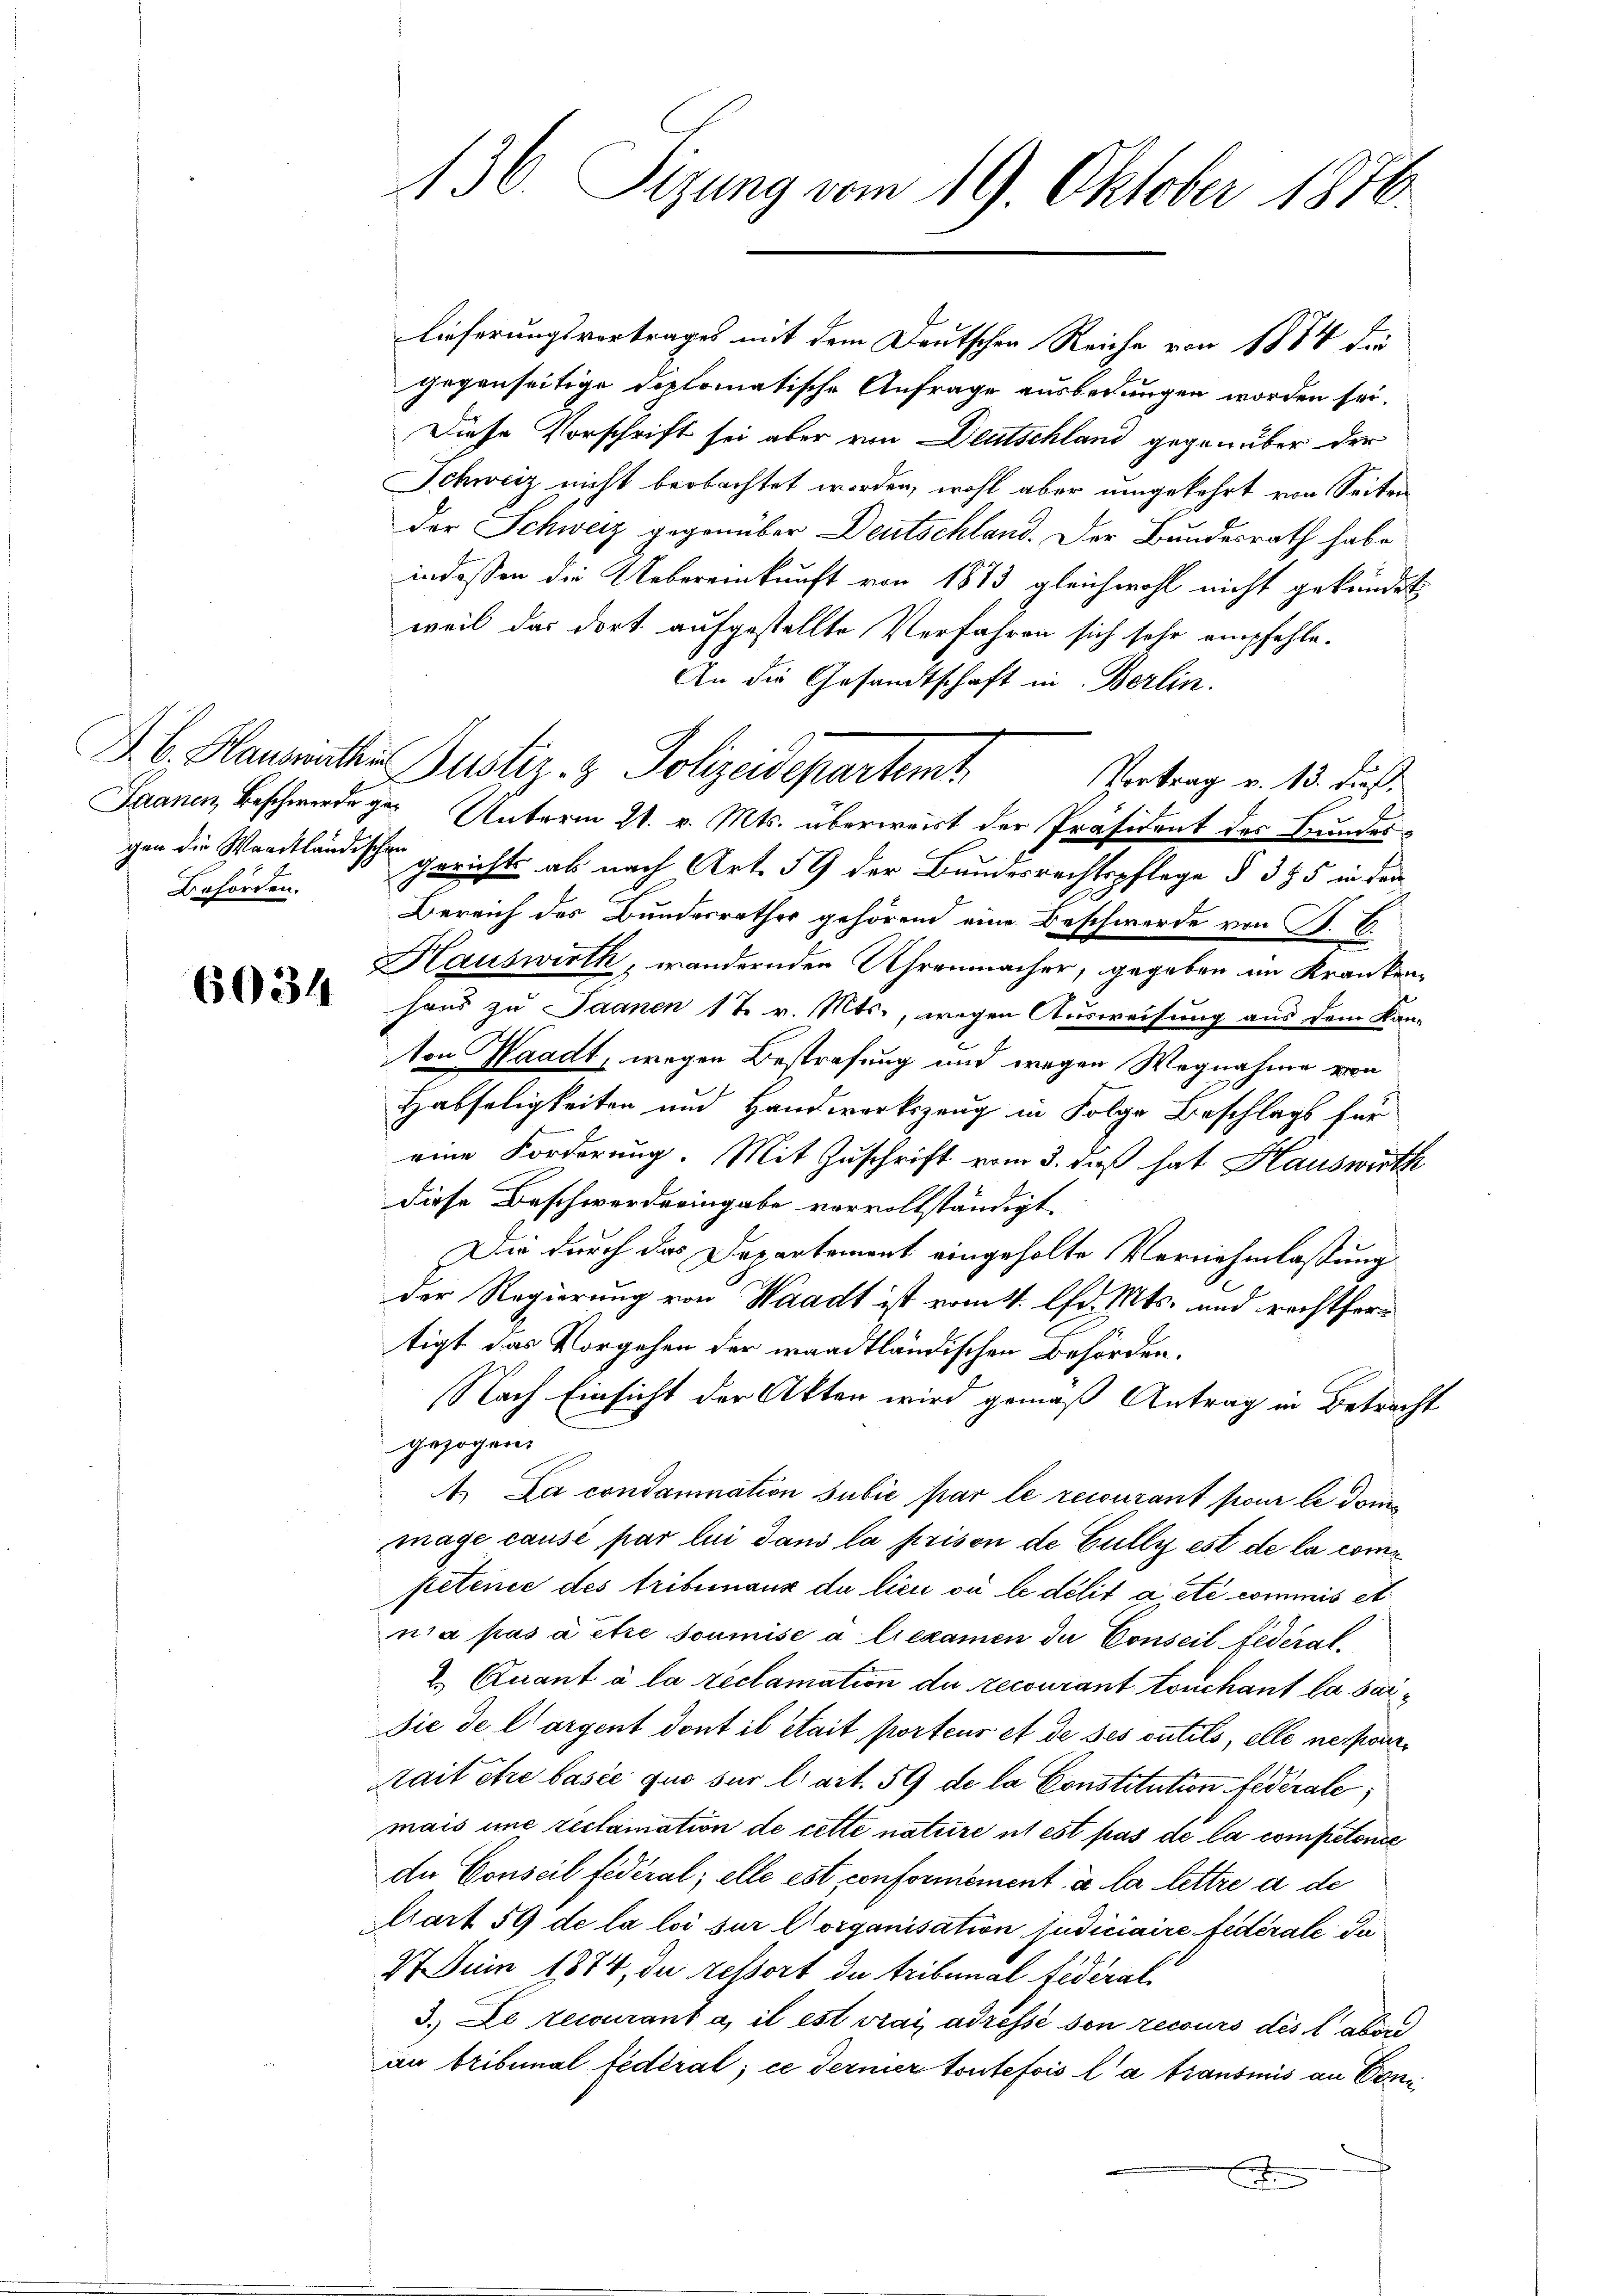
Behörden.

6034

lieferungsvortrages mit dem Deutschen Reiche von 1884 die
gegenseitige Diplomatische Anfrage ausbedungen worden sei.
Diese Vorschrift sei aber von Deutschland gegenüber der
Schweiz nicht beobachtet worden, wohl aber umgekehrt von Seiten
der Schweiz gegenüber Deutschland. Der Bundesrath habe
indossen die Uebereinkunft von 1873 gleichwohl nicht gekündet
weil das dort aufgestellte Verfahren sich sehr empfehle.
An die Gesandtschaft in Berlin.
Vortrag v. 13. dieß.
Saanen Beschwerde ger Unterm 21. v. Mts. überweist der Präsident des Bundes-
gen die Waadtländischen gerichts ab nach Art. 59 der Bundesrechtspflege § 355 in den
Bereich des Bundesrathes gehörend eine Beschwerde von P. C.
Hauswirth, wandernden Uhrenmacher, gegeben im Krankenhaus zu Saanen 17 v. Mts., wegen Ausweisung aus dem Kan-
ton Waadt, wegen Bestrafung und wegen Wegnahme von
Habseligkeiten und Handwerkszeug in Folge Beschlags für
eine Forderung. Mit Zuschrift vom 3. dieß hat Hauswirth
diese Beschwerderingabe vervollständigt
Die durch das Departement eingeholte Vernehmlassung
der Regierung von Waadt ist vom 4. lfd. Mts. und rechtfertigt das Vorgehen der waadtländischen Behörden.
Nach Einsicht der Akten wird gemäß Antrag in Betracht
gezogen.
4. La condamnation subie par le recourant pour le dommage causé par lui dans la prison de Gully est de la competence des tribunaux du lieu où le délit a été commis et
nia pas à être soumise à liexamen du Conseil fédéral¬
2. Quant à la reclamation de recourant touchant la sar¬
Die de largent dont il était porteur et de ses outils, elle nespon¬
Mait ehre basie quo sur li art. 59 de la Constitution fédérale,
mais une reclamation de cette nature ut est pas de la competente
de Conseil fédéral; elle est conformément à la lettre a de
Mart 59 de la loi sur Corganisation judiciaire fédérale da
27 Juni 1874, die ressort de tribunal federali
3. Le recourant a, il est rais adressé son recours des aber
an bribunal fédéral; ce Ferner toutefois la transmis an Con
E

136. Sizung vom 19. Oktober 1870.

A. B. Hausmitter Justiz- & Polizeidepartemt